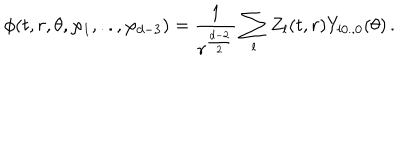
\phi ( t , r , \theta , \varphi _ { 1 } , . . , \varphi _ { d - 3 } ) = \frac { 1 } { r ^ { \frac { d - 2 } { 2 } } } \sum _ { l } Z _ { l } ( t , r ) Y _ { l 0 . . 0 } ( \theta ) \, .